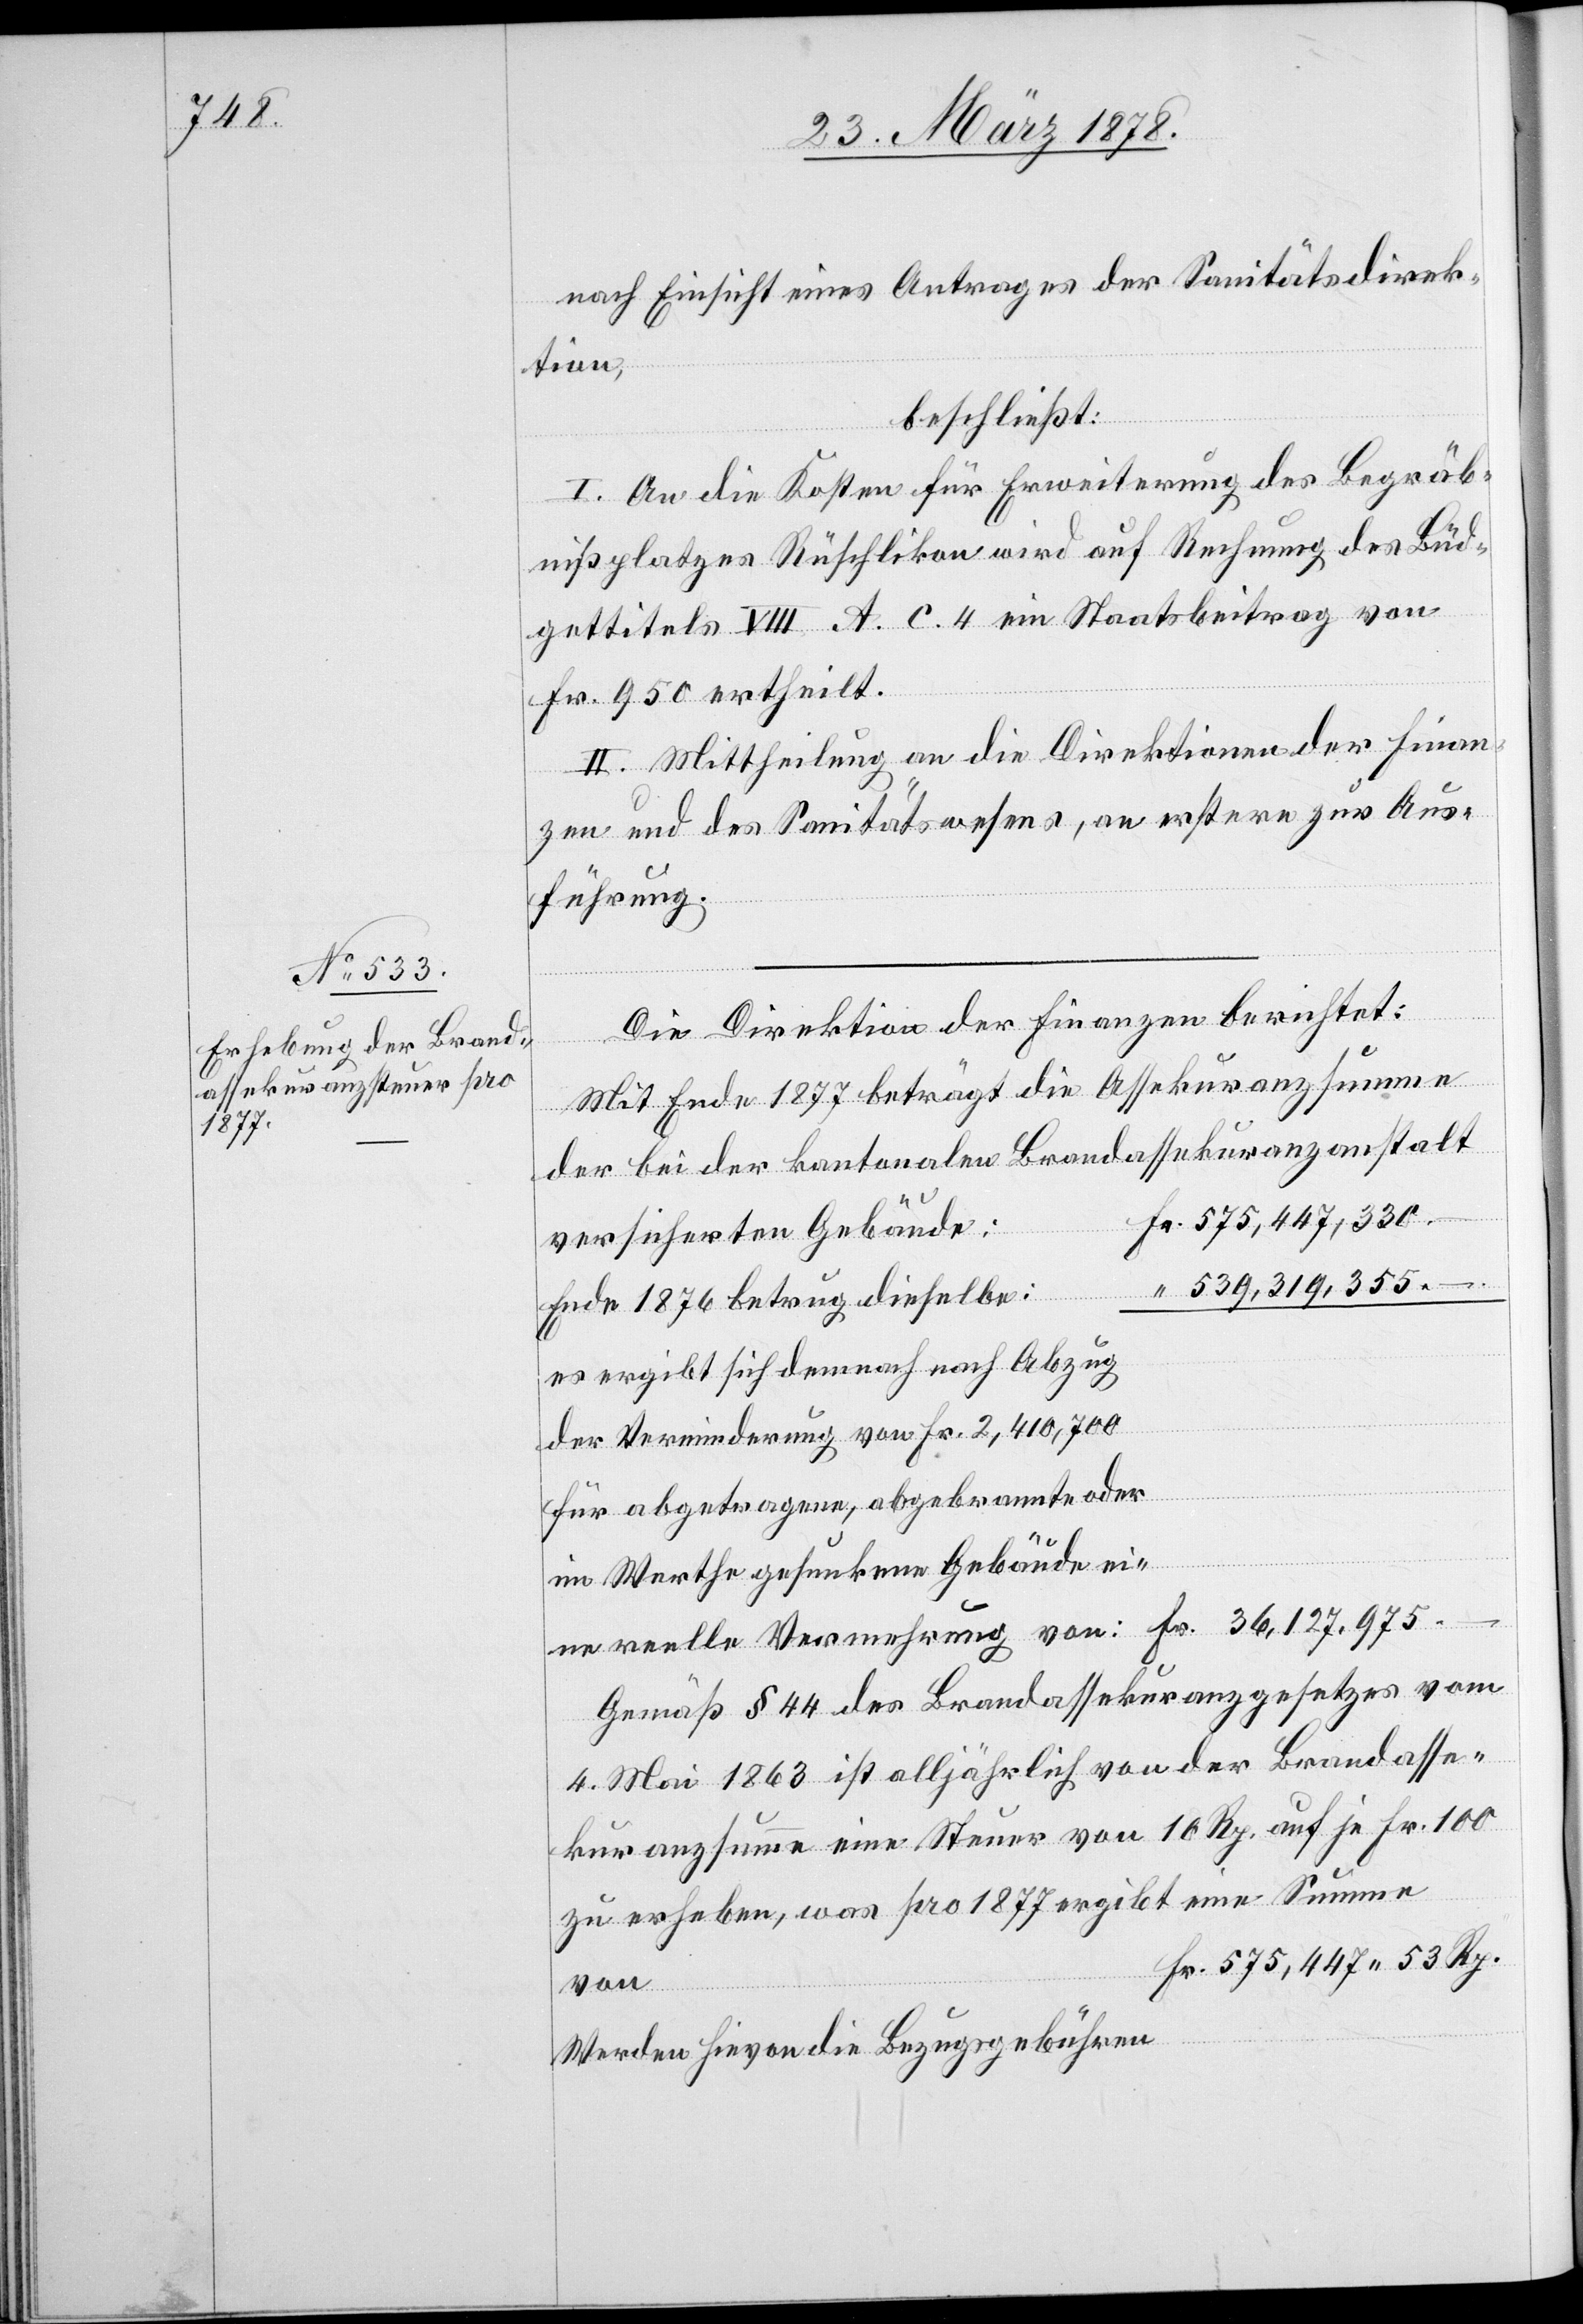
1877

nach Einsicht eines Antrages der Sanitätsdirek¬
tion,
beschließt:
I. An die Kosten für Erweiterung des Begräb¬
nißplatzes Rüschlikon wird auf Rechnung des Büd¬
gettitels VIII A. c. 4 ein Staatsbeitrag von
Fr. 950 ertheilt.
II. Mittheilung an die Direktionen der Finan¬
zen und des Sanitätswesens, an erstere zur Aus¬
führung.
Summe
Die Direktion der Finanzen berichtet:
Mit Ende 1877 beträgt die Assekuranzsumme
der bei der kantonalen Brandassekuranzanstalt
575,447,330.–
versicherten Gebäude:
539,319,355.–
Ende 1876 betrug dieselbe
es ergibt sich demnach nach Abzug
der Verminderung von Fr. 2,410,700
für abgetragene, abgebrannte oder
im Werthe gesunkene Gebäude ei¬
Gemäß § 44 des Brandassekuranzgesetzes vom
4. Mai 1863 ist alljährlich von der Brandasse¬
kuranzsumme eine Steuer von 10 Rp. auf je Fr. 100
von
Werden hievon die Bezugsgebühren